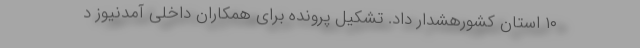
۱۰ استان کشورهشدار داد. تشکیل پرونده برای همکاران داخلی آمدنیوز د